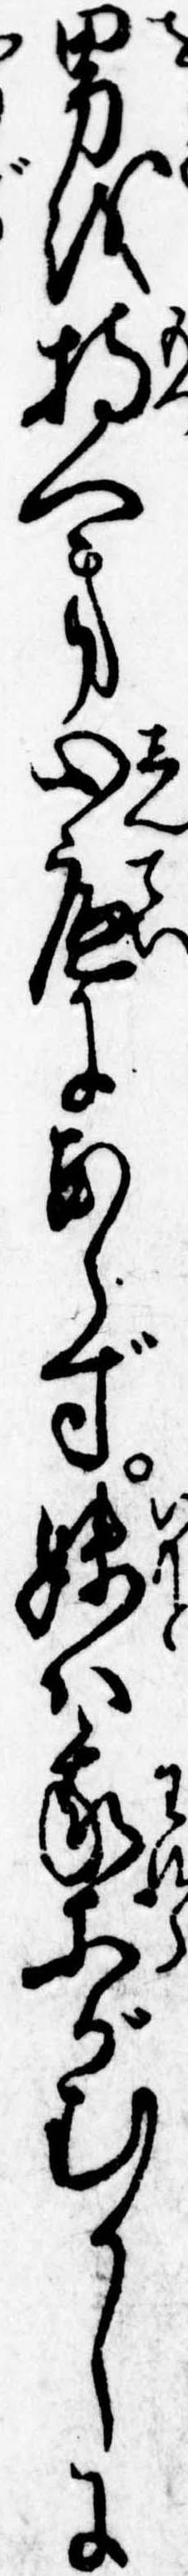
男を持へき心底にあらず妹は我等がむかしに